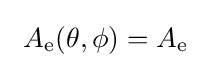
\ A_{\text{e}}(\theta ,\phi )=A_{\text{e}}\